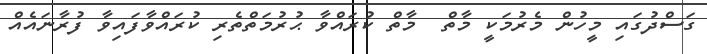
ގަސްދުގައި މީހުން މެރުމަކީ މާތް  މާތް ކުރައްވާ ޙުރުމަތްތެރި ކުރައްވާފައިވާ ފުރާނައެއް